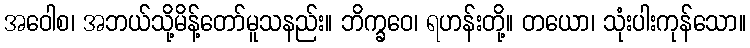
အဝေါစ၊ အဘယ်သို့မိန့်တော်မူသနည်း။ ဘိက္ခဝေ၊ ရဟန်းတို့။ တယော၊ သုံးပါးကုန်သော။